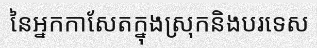
នៃអ្នកកាសែតក្នុងស្រុកនិងបរទេស